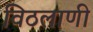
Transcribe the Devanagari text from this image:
विठलाणी